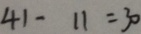
4 1 - 1 1 = 3 0